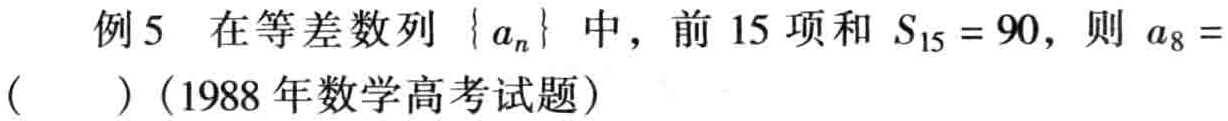
例5 在等差数列\(\{ a_{n}\}\)中，前\(15\)项和\(S_{15}=90\)，则\(a_{8}=\)（  ）（1988年数学高考试题）